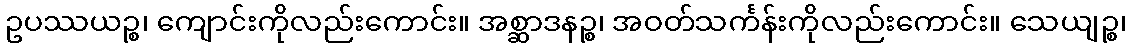
ဥပဿယဉ္စ၊ ကျောင်းကိုလည်းကောင်း။ အစ္ဆာဒနဉ္စ၊ အဝတ်သင်္ကန်းကိုလည်းကောင်း။ သေယျဉ္စ၊